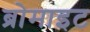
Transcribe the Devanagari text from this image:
ब्रोमाइट